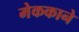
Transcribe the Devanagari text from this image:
मेककाने